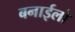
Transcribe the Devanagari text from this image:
बनाईलो